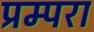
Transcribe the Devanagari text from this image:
प्रम्परा